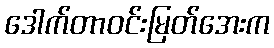
ဒေါက်တာဝင်းမြတ်အေးက